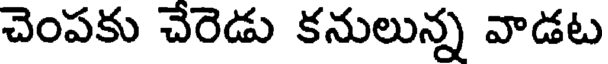
చెంపకు చేరెడు కనులున్న వాడట